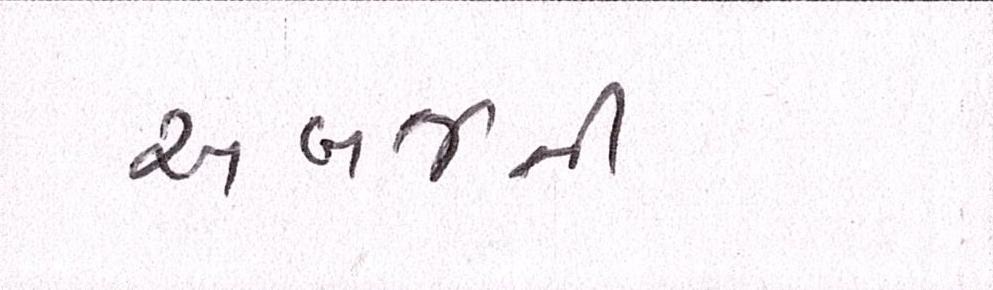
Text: અબજની